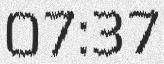
07:37